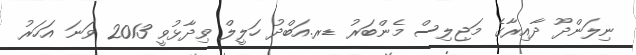
ނިލަންދޫ ދާއިރާގެ މަޖިލިސް މެންބަރު ޑރ.އަބްދު ހަލީލް ވިދާޅުވީ 2013 ވަނަ އަހަރު